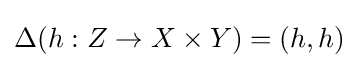
\Delta (h:Z\to X\times Y)=(h,h)